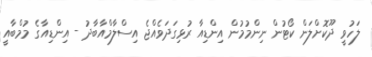
ލަހުވީ ދޫކޮށްލަން ކޯޓުން ނިންމުމުން އިންޑިއާ ރުޅިގަދަވެއްޖެ އިސްލާމްއާބާދު - އިންޑިއާގެ މުމްބާއީ